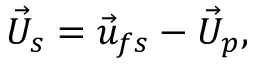
{ \vec { U } _ { s } } = { \vec { u } _ { f s } } - { \vec { U } _ { p } } ,